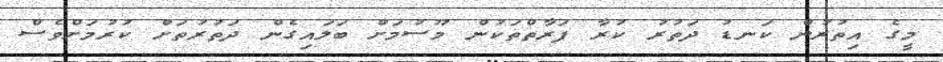
މީގެ އިތުރުން ކަނޑު ދަތުރު ކުރާ ފަރާތްތަކުން މޫސުމަށް ބަލައިގެން ދަތުރުތަށް ކުރުމަށްވެސް